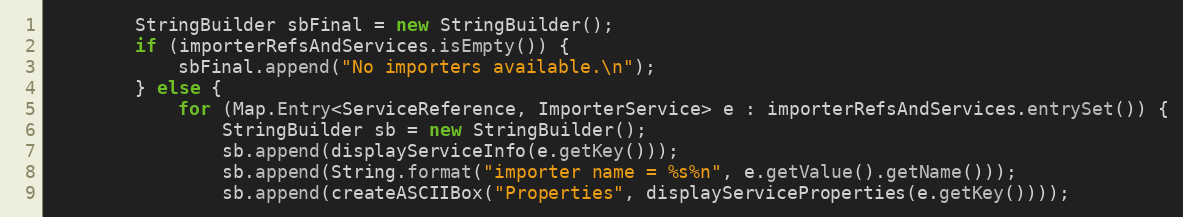
Language: Java
        StringBuilder sbFinal = new StringBuilder();
        if (importerRefsAndServices.isEmpty()) {
            sbFinal.append("No importers available.\n");
        } else {
            for (Map.Entry<ServiceReference, ImporterService> e : importerRefsAndServices.entrySet()) {
                StringBuilder sb = new StringBuilder();
                sb.append(displayServiceInfo(e.getKey()));
                sb.append(String.format("importer name = %s%n", e.getValue().getName()));
                sb.append(createASCIIBox("Properties", displayServiceProperties(e.getKey())));